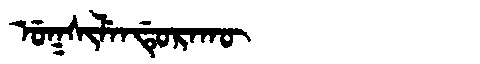
Manchu: ᡠᡴᠰᡳᠯᡝᠨᡩᡠᡵᠠᡴᡡ
Romanization: UKSILENDURAKŪ